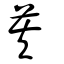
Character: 苵